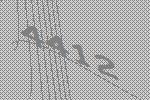
4412